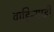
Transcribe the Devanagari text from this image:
वाहिन्याही